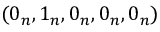
( 0 _ { n } , 1 _ { n } , 0 _ { n } , 0 _ { n } , 0 _ { n } )